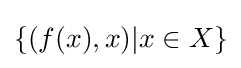
\lbrace (f(x),x)|x\in X\rbrace